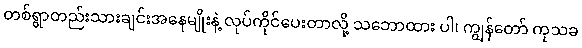
တစ်ရွာတည်းသားချင်းအနေမျိုးနဲ့ လုပ်ကိုင်ပေးတာလို့ သဘောထား ပါ၊ ကျွန်တော် ကုသခ